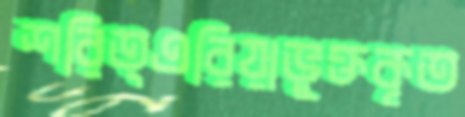
শরিত্এরিয়াভুক্তকৃত